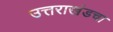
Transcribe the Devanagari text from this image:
उत्तराखंडचा